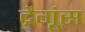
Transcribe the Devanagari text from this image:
द्रैगूंस